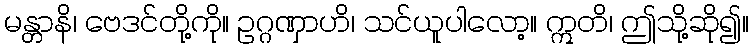
မန္တာနိ၊ ဗေဒင်တို့ကို။ ဥဂ္ဂဏှာဟိ၊ သင်ယူပါလော့။ ဣတိ၊ ဤသို့ဆို၍။